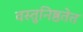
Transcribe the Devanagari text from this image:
वस्तुनिष्ठतेत